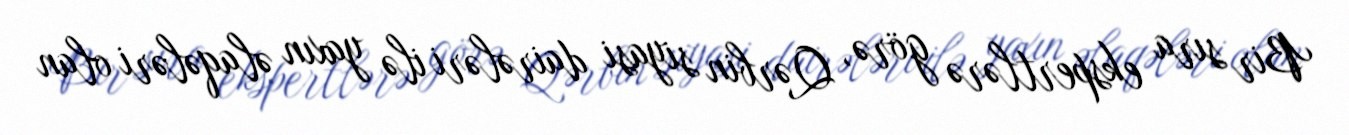
Bir sıra ekspertlərə görə, Qərbin siyasi dairələri ilə yaxın əlaqələri olan